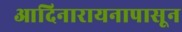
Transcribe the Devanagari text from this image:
आदिनारायनापासून